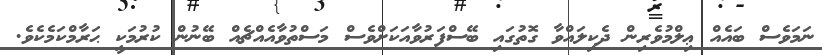
ނަމަވެސް ބައެއް ޢިލްމުވެރިން ދެކިލައްވާ ގޮތުގައި ބޭސްފަރުވާއަކަށްވެސް މަސްތުވާއެއްޗެއް ބޭނުން ކުރުމަކީ ޙަރާމްކަމެކެވެ.